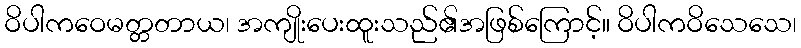
ဝိပါကဝေမတ္တတာယ၊ အကျိုးပေးထူးသည်၏အဖြစ်ကြောင့်။ ဝိပါကဝိသေသေ၊